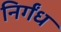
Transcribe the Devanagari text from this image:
निर्गंध